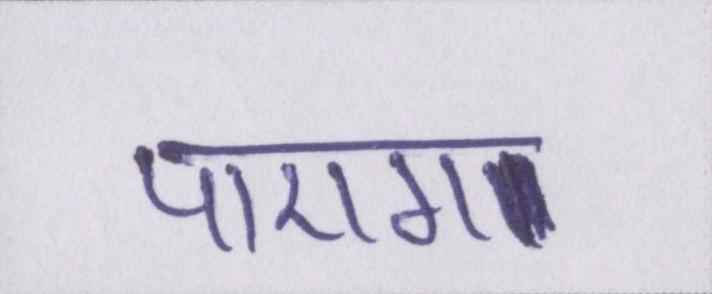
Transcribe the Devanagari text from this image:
पाएगा